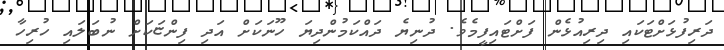
ދަރިފުޅަށްޓަކައި ދިރިއުޅެން ފަށްޓައިފީމެވެ. ދުނިޔެ ދައްކަމުންދިޔަ ހޫނަކަށް އަދި ފިންޏަކަށް ނުބަލައި ހުރިހާ